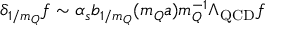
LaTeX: \delta _ { 1 / m _ { Q } } f \sim \alpha _ { s } b _ { 1 / m _ { Q } } ( m _ { Q } a ) m _ { Q } ^ { - 1 } \Lambda _ { \mathrm { Q C D } } f